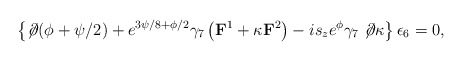
\begin{align*}\left\{ \not\!\partial (\phi+\psi/2) + e^{3\psi/8+\phi/2}\gamma_7 \left( {\bf F}^1 + \kappa {\bf F}^2 \right) - i s_ze^\phi \gamma_7 \not\!\partial \kappa \right\} \epsilon_6 = 0,\end{align*}